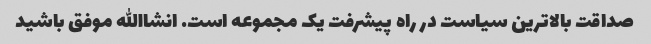
صداقت بالاترین سیاست در راه پیشرفت یک مجموعه است. انشاالله موفق باشید